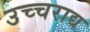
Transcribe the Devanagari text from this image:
उच्चराद्य